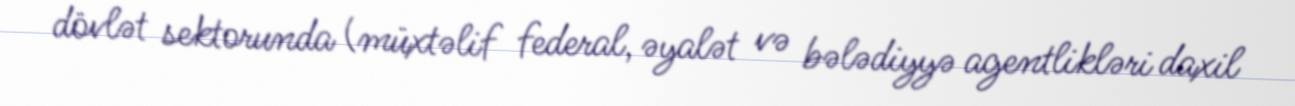
dövlət sektorunda (müxtəlif federal, əyalət və bələdiyyə agentlikləri daxil